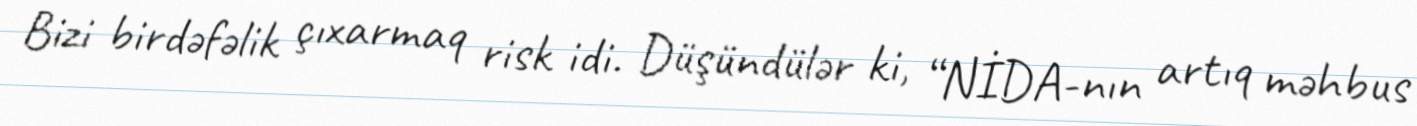
Bizi birdəfəlik çıxarmaq risk idi. Düşündülər ki, “NİDA-nın artıq məhbus